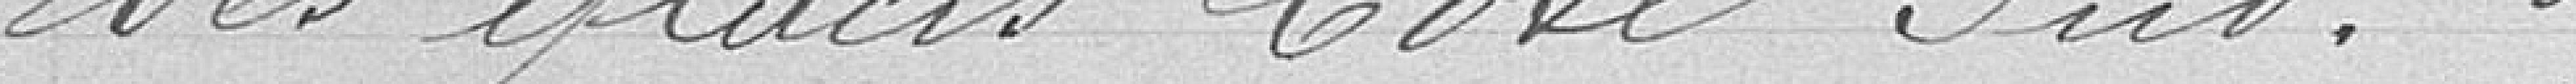
des glacis côté sud.